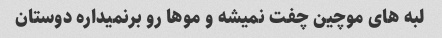
لبه های موچین چفت نمیشه و موها رو برنمیداره دوستان